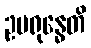
ဥပရုန္ဓေတိ